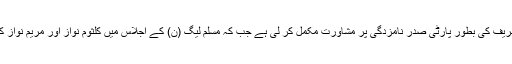
ذرائع کا کہنا ہے کہ سابق وزیراعظم نوازشریف نے شہبازشریف کی بطور پارٹی صدر نامزدگی پر مشاورت مکمل کر لی ہے جب کہ مسلم لیگ (ن) کے اجلاس میں کلثوم نواز اور مریم نواز کا نام بطور پارٹی صدر کسی بھی سطح پر زیر غور نہیں آیا۔